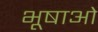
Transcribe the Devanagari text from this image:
भूषाओं